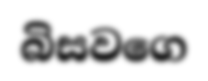
බිසවගෙ